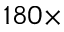
1 8 0 \times